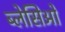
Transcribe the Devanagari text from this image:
ब्लेसिओ